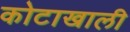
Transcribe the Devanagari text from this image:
कोटाखाली